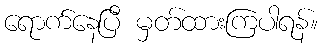
ရောက်နေပြီ မှတ်ထားကြပါရန်။